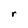
Character: r